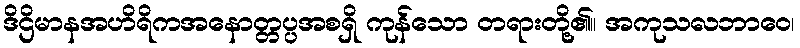
ဒိဌိမာနအဟိရိကအနောတ္တပ္ပအစရှိ ကုန်သော တရားတို့၏။ အကုသလဘာဝေ၊